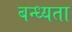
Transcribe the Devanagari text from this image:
बन्ध्यता